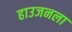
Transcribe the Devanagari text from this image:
हाउजनला